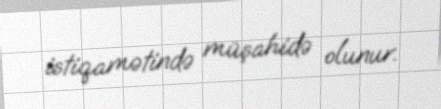
istiqamətində müşahidə olunur.